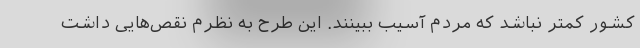
کشور کمتر نباشد که مردم آسیب ببینند. این طرح به نظرم نقص‌هایی داشت